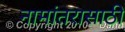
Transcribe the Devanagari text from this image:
नामांतरासाठी